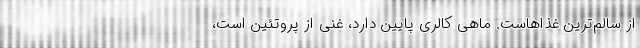
از سالم‌ترین غذاهاست. ماهی کالری پایین دارد، غنی از پروتئین است،